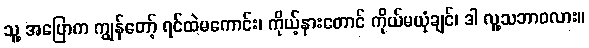
သူ့ အပြောက ကျွန်တော့် ရင်ထဲမကောင်း၊ ကိုယ့်နားတောင် ကိုယ်မယုံချင်၊ ဒါ လူ့သဘာဝလား။